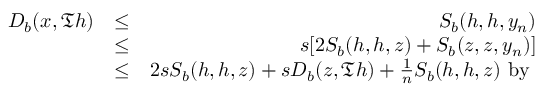
\begin{array} { r l r } { D _ { b } ( x , \mathfrak { T } h ) } & { \leq } & { S _ { b } ( h , h , y _ { n } ) } \\ & { \leq } & { s [ 2 S _ { b } ( h , h , z ) + S _ { b } ( z , z , y _ { n } ) ] } \\ & { \leq } & { 2 s S _ { b } ( h , h , z ) + s D _ { b } ( z , \mathfrak { T } h ) + \frac { 1 } { n } S _ { b } ( h , h , z ) ~ \mathrm { b y ~ } } \end{array}